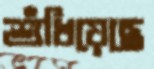
শুঁখিয়েছে